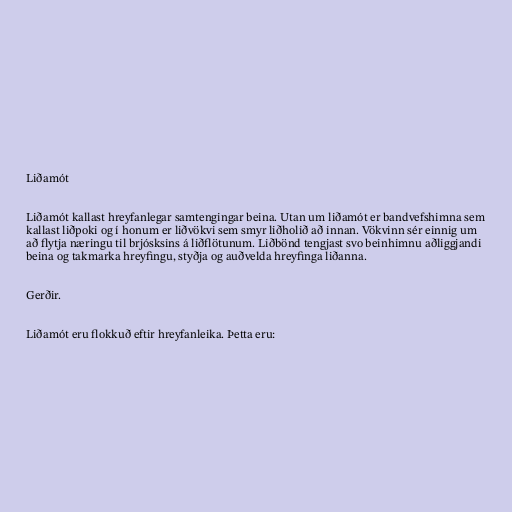
Liðamót

Liðamót kallast hreyfanlegar samtengingar beina. Utan um liðamót er bandvefshimna sem
kallast liðpoki og í honum er liðvökvi sem smyr liðholið að innan. Vökvinn sér einnig um
að flytja næringu til brjósksins á liðflötunum. Liðbönd tengjast svo beinhimnu aðliggjandi
beina og takmarka hreyfingu, styðja og auðvelda hreyfinga liðanna.

Gerðir.

Liðamót eru flokkuð eftir hreyfanleika. Þetta eru: